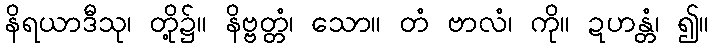
နိရယာဒီသု၊ တို့၌။ နိဗ္ဗတ္တံ၊ သော။ တံ ဗာလံ၊ ကို။ ဍဟန္တံ၊ ၍။